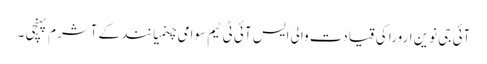
آئی جی نوین ارورا کی قیادت والی ایس آئی ٹی ٹیم سوامی چنمیا نند کے آشرم پہنچی ۔